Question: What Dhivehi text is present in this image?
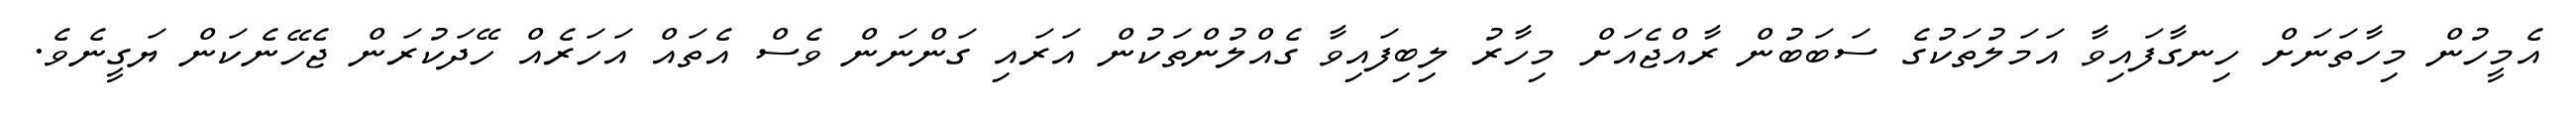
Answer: އެމީހުން މިހާތަނަށް ހިނގާފައިވާ އަމަލުތަކުގެ ސަބަބުން ރާއްޖެއަށް މިހާރު ލިބިފައިވާ ގެއްލުންތަކުން އަރައި ގަންނަން ވެސް އެތައް އަހަރެއް ހޭދަކުރަން ޖެހޭނެކަން ޔަގީނެވެ.